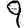
Digit: 9